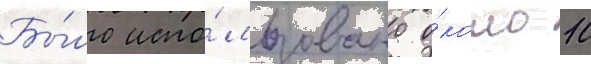
Бы́ло испо́льзовано о́коло 10